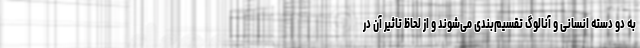
به دو دسته انسانی و آنالوگ تقسیم‌بندی می‌شوند و از لحاظ تاثیر آن در